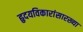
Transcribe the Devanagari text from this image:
हृदयविकारांसारख्या